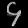
Digit: ၄